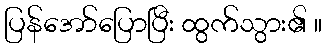
ပြန်အော်ပြောပြီး ထွက်သွား၏ ။